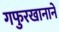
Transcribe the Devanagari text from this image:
गफुरखानाने